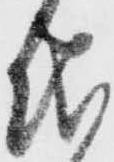
儀